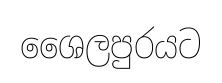
ශෛලපුරයට